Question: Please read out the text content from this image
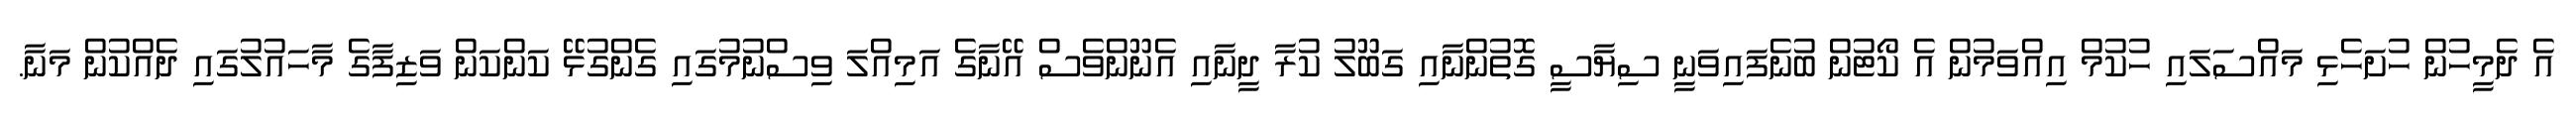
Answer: އެ ދެމީހުން ހުށަހެޅި މައްސަލައި ހުކުމް އިއްވަމުން އެ ކޯޓުން ބުނެފައިވަނީ ސިޔާސީ ގޮތުންނާއި ގަބޫލު ކުރާ ދީނާއި އެނޫންވެސް އޭނާގެ އަމިއްލަ ވިސްނުމުގައި ގެންގުޅޭ ކަންކަން ވަޒިފާގެ މާހައުލުގައި ދެއްކުން މަނާ.